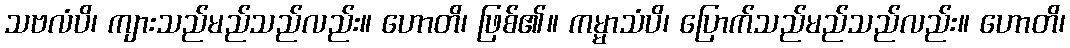
သဗလံပိ၊ ကျားသည်မည်သည်လည်း။ ဟောတိ၊ ဖြစ်၏။ ကမ္မာသံပိ၊ ပြောက်သည်မည်သည်လည်း။ ဟောတိ၊